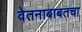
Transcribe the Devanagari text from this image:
वेतनाबाबतचा